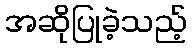
အဆိုပြုခဲ့သည့်